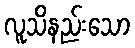
လူသိနည်းသော